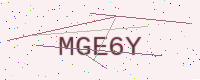
Text: MGE6Y